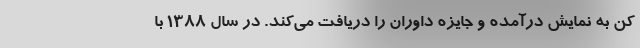
کن به نمایش درآمده و جایزه داوران را دریافت می‌کند. در سال ۱۳۸۸ با